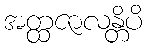
အတ္ထဇာလန္တိပိ